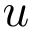
u